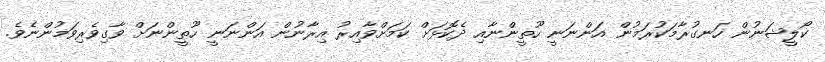
ކޯލީޝަނުން ހަނގުރާމަކުރަމުން އަންނަނީ ހޫތީންނާއި ދެކޮޅަށް ކަމަށްވާއިރު އިރާނުން އަންނަނީ ހޫތީންނަށް ވާގިވެރިވަމުންނެވެ.